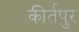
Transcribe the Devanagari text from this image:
कीर्तपुर